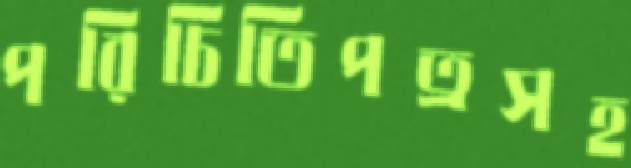
পরিচিতিপত্রসহ